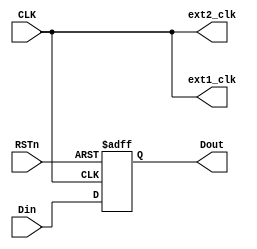
module center_module
(
	input CLK,
	input RSTn,
    input [3:0]Din,
    output [3:0]Dout,
    output ext1_clk,ext2_clk
);
    /********************************************/

    reg [3:0]rData;
    
    always @ ( posedge CLK or negedge RSTn )
        if( !RSTn )
            begin
                rData <= 4'd0;
            end
        else 
            begin
                rData <= Din;
            end
    
    /********************************************/
            
    assign Dout = rData;
    assign ext1_clk = CLK;
    assign ext2_clk = CLK;
    
    /********************************************/
    
endmodule